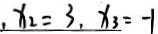
, x _ { 2 } = 3 , x _ { 3 } = - 1